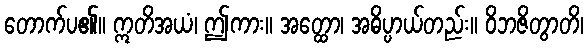
တောက်ပ၏။ ဣတိအယံ၊ ဤကား။ အတ္ထော၊ အဓိပ္ပာယ်တည်း။ ဝိဘဇိတွာတိ၊